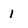
Character: 1